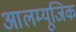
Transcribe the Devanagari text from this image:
आलम्यूजिक